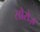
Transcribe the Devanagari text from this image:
सौरोज़